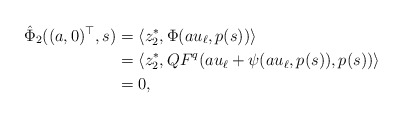
\begin{align*}\hat \Phi_2((a,0)^\top,s) &= \langle z_2^*, \Phi(a u_\ell, p(s))\rangle\\&=\langle z_2^*, QF^q(au_\ell + \psi(a u_\ell, p(s)), p(s))\rangle\\&=0,\end{align*}